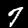
Label: 7